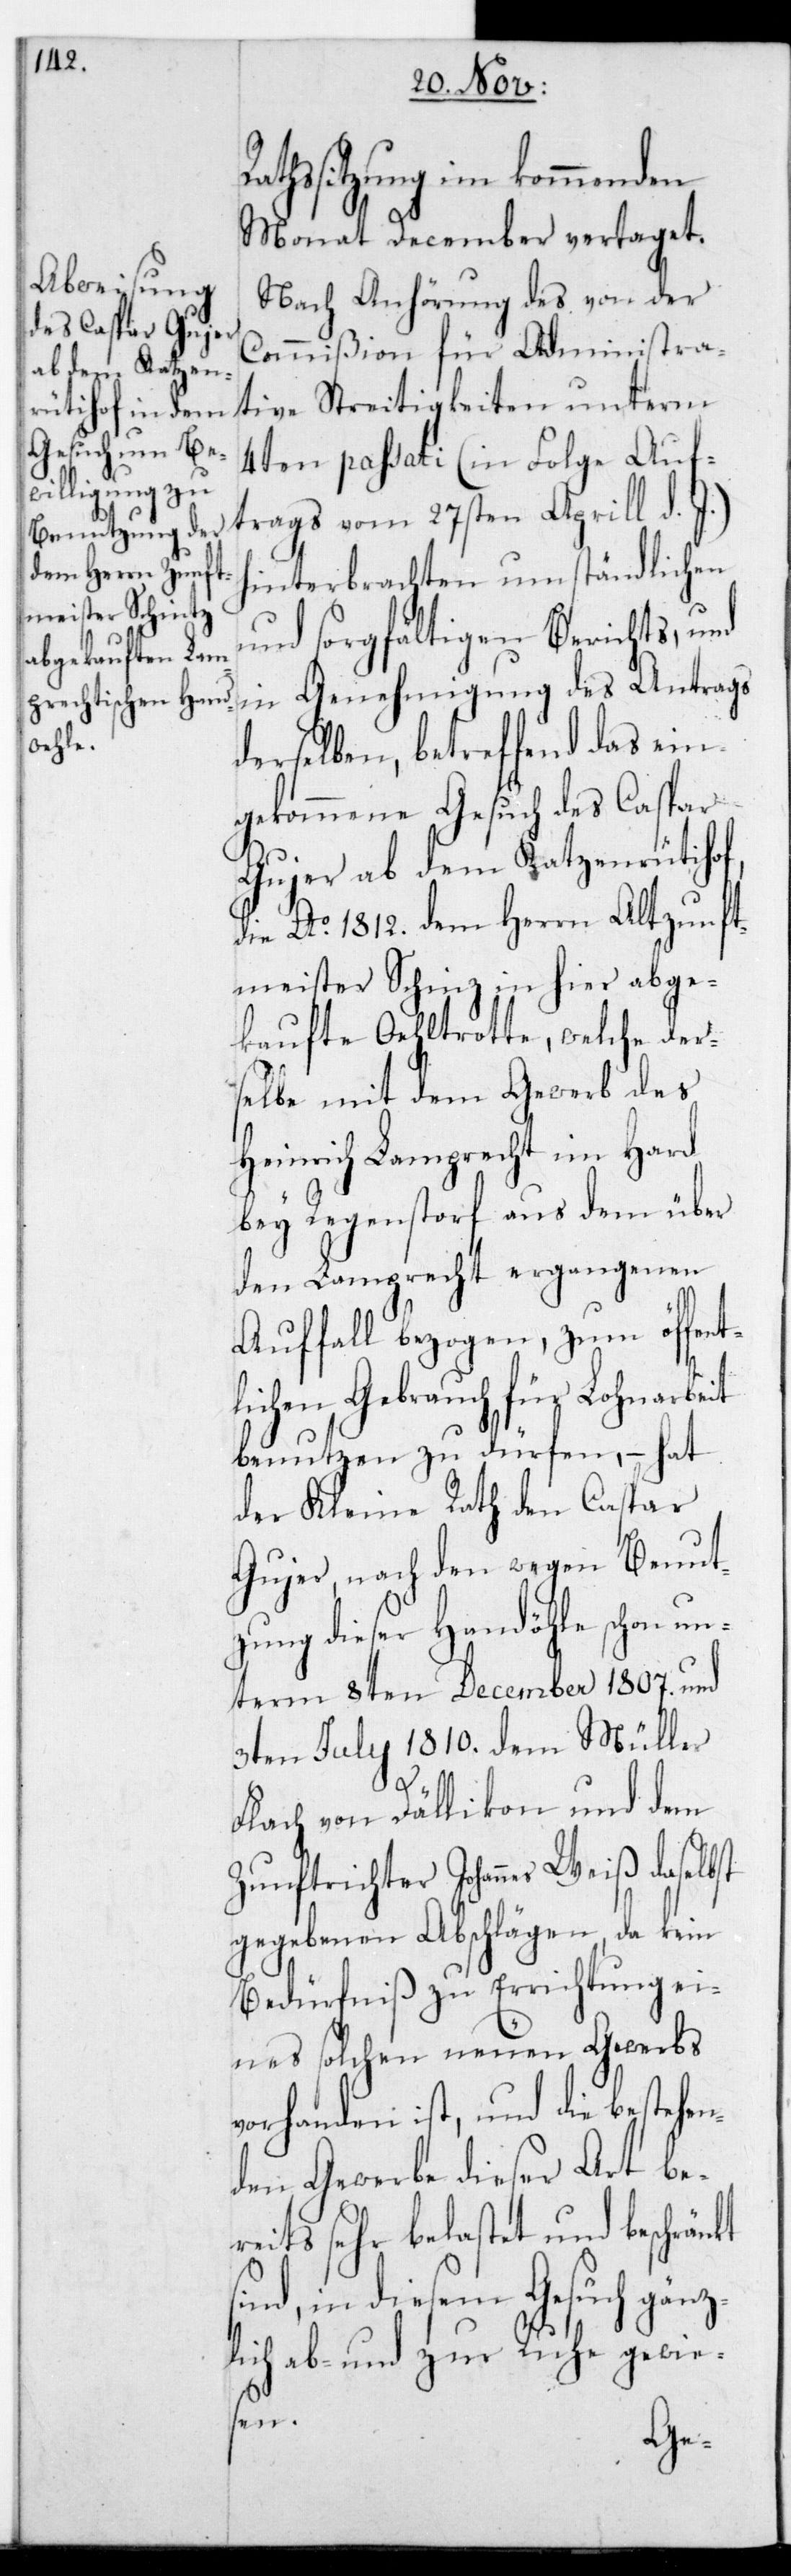
athssitzung im kommenden
Monat December vertaget.
Nach Anhörung des von der
Commißion für administra¬
tive Streitigkeiten unterm
4ten passati (in Folge Auf¬
trags vom 27sten Aprill d.
hinterbrachten umständlichen
und sorgfältigen Berichts, und
in Genehmigung des Antrags
derselben, betreffend das ein¬
gekommene Gesuch des Caspar
Gujer ab dem Katzenrütihof,
die Ao 1812. dem Herrn alt Zunft¬
meister Schin[t]z in hier abge¬
kaufte Oehltrotte, welche der¬
selbe mit dem Gewerb des
Heinrich Lamprecht im Hard
bey Regenstorf aus dem über
den Lamprecht ergangenen
Auffall bezogen, zum öffent¬
lichen Gebrauch für Lohnarbeit
benutzen zu dürfen, – hat
der Kleine Rath den Caspar
Gujer nach den wegen Benut¬
zung dieser Handöhle [sic!]
3ten Julii 1810. den Müller
Flach von Dällikon und dem
Zunftrichter Johannes Weiß daselbst
gegebenen Abschlägen, da kein
Bedürfniß zu Errichtung ei¬
nes solchen neuen Gewerbs
vorhanden ist, und die bestehen¬
den Gewerbe dieser Art be¬
reits sehr belastet und beschränkt
ind, in diesem Gesuch gänz¬
lich ab- und zu Ruhe gewie¬
sen.
s¬